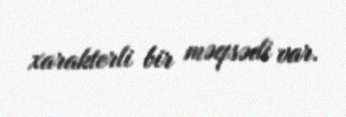
xarakterli bir məqsədi var.